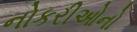
નોકરીઓનો